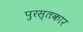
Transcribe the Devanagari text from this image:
पुरस्तकार